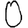
Digit: 0